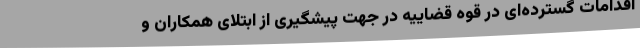
اقدامات گسترده‌ای در قوه قضاییه در جهت پیشگیری از ابتلای همکاران و